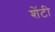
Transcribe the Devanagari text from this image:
शेंटी